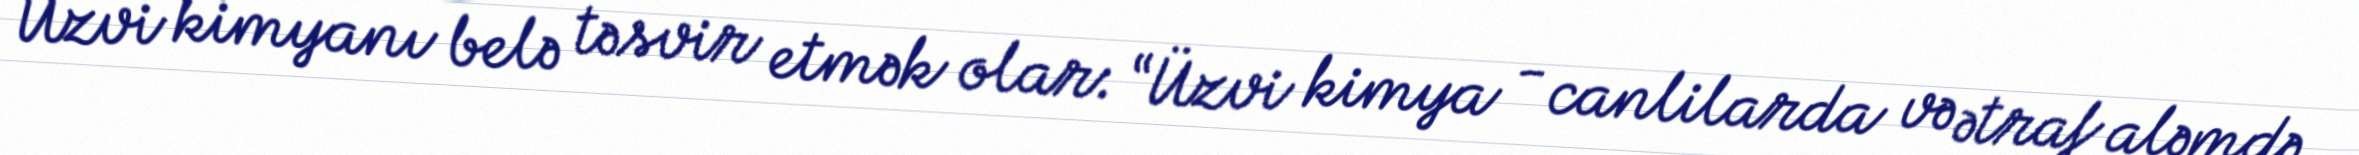
Üzvi kimyanı belə təsvir etmək olar: “Üzvi kimya - canlilarda və ətraf aləmdə